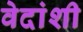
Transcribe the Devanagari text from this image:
वेदांशी